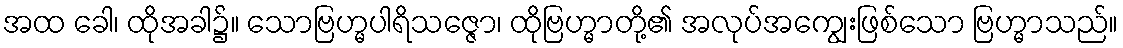
အထ ခေါ၊ ထိုအခါ၌။ သောဗြဟ္မပါရိသဇ္ဇော၊ ထိုဗြဟ္မာတို့၏ အလုပ်အကျွေးဖြစ်သော ဗြဟ္မာသည်။